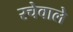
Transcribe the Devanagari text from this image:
रचेवाले